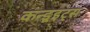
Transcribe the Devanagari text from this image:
कन्डूइट्स